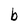
Character: b